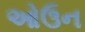
ઓઉન